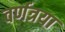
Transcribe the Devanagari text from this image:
वर्णत्रया